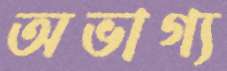
অভাগ্য